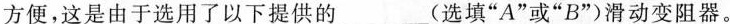
方便，这是由于选用了以下提供的___(选填”A”或”B”)滑动变阻器。